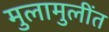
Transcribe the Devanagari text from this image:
मुलामुलींत